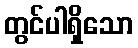
တွင်ပါရှိသော